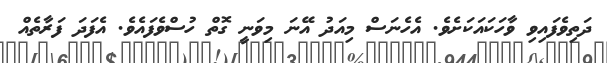
ދަތިވެފައިވި ވާހަކައަކަށެވެ. އެހެނަސް މިއަދު އޭނަ މިވަނީ ގޮތް ހުސްވެފައެވެ. އެފަދަ ފަރާތެއް